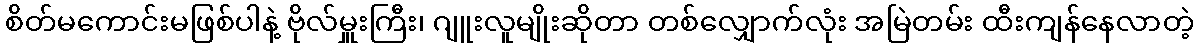
စိတ်မကောင်းမဖြစ်ပါနဲ့ ဗိုလ်မှူးကြီး၊ ဂျူးလူမျိုးဆိုတာ တစ်လျှောက်လုံး အမြဲတမ်း ထီးကျန်နေလာတဲ့